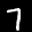
Label: 7